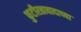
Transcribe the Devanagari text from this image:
फुटीरतावादाच्या